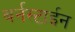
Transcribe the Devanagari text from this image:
बर्नस्टाईन